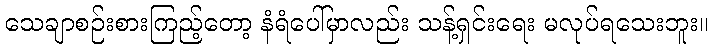
သေချာစဉ်းစားကြည့်တော့ နံရံပေါ်မှာလည်း သန့်ရှင်းရေး မလုပ်ရသေးဘူး။